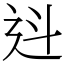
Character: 䢏